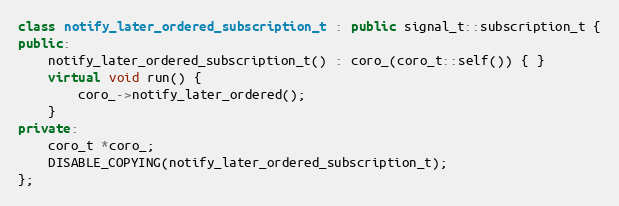
Language: C++
class notify_later_ordered_subscription_t : public signal_t::subscription_t {
public:
    notify_later_ordered_subscription_t() : coro_(coro_t::self()) { }
    virtual void run() {
        coro_->notify_later_ordered();
    }
private:
    coro_t *coro_;
    DISABLE_COPYING(notify_later_ordered_subscription_t);
};